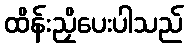
ထိန်းညှိပေးပါသည်